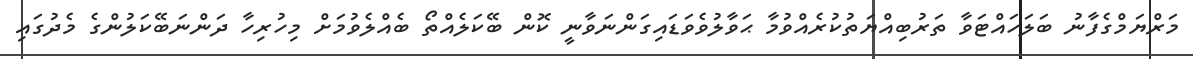
މަރްޔަމްގެފާނު ބަލަހައްޓަވާ ތަރުބިއްޔަތުކުރެއްވުމާ ޙަވާލުވެވަޑައިގަންނަވާނީ ކޮން ބޭކަލެއްތޯ ބެއްލެވުމަށް މިހުރިހާ ދަންނަބޭކަލުންގެ މެދުގައި